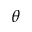
\theta